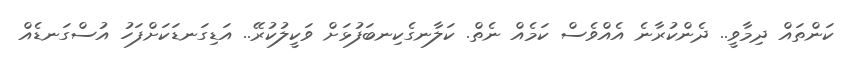
ކަންތައް ދިމާވީ.. ދެންކުރާނެ އެެއްވެސް ކަމެއް ނެތް. ކަލާނގެކިނބަފުޅަށް ވަކީލުކުރޭ.. އަޑިގަނޑަކަށްފަހު އުސްގަނޑެއް